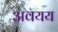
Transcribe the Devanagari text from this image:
अवयय